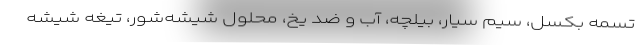
تسمه بکسل، سیم سیار، بیلچه، آب و ضد یخ، محلول شیشه‌شور، تیغه شیشه